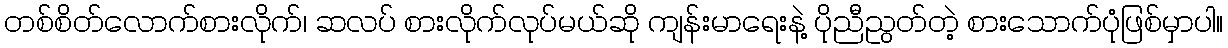
တစ်စိတ်လောက်စားလိုက်၊ ဆလပ် စားလိုက်လုပ်မယ်ဆို ကျန်းမာရေးနဲ့ ပိုညီညွတ်တဲ့ စားသောက်ပုံဖြစ်မှာပါ။